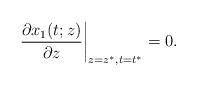
LaTeX: \begin{align*} \frac{\partial x_1(t;z)}{\partial z} \bigg|_{z=z^*,t=t^*} = 0.\end{align*}